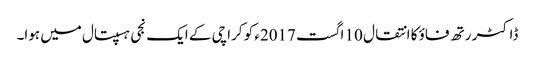
ڈاکٹر رتھ فاؤ کا انتقال 10 اگست 2017ء کو کراچی کے ایک نجی ہسپتال میں ہوا۔